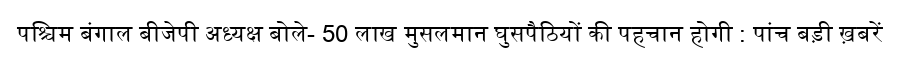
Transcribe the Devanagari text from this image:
पश्चिम बंगाल बीजेपी अध्यक्ष बोले- 50 लाख मुसलमान घुसपैठियों की पहचान होगी : पांच बड़ी ख़बरें